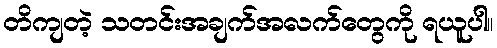
တိကျတဲ့ သတင်းအချက်အလက်တွေကို ရယူပါ။